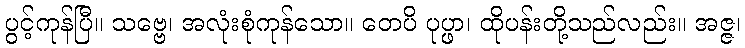
ပွင့်ကုန်ပြီ။ သဗ္ဗေ၊ အလုံးစုံကုန်သော။ တေပိ ပုပ္ဖာ၊ ထိုပန်းတို့သည်လည်း။ အဇ္ဇ၊